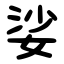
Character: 娑